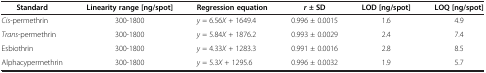
| Standard | Linearity range [ng/spot] | Regression equation | r± SD | LOD [ng/spot] | LOQ [ng/spot] |
 | --- | --- | --- | --- | --- | --- |
 | Cis-permethrin | 300-1800 | y = 6.56X + 1649.4 | 0.996 ± 0.0015 | 1.6 | 4.9 |
 | Trans-permethrin | 300-1800 | y = 5.84X + 1876.2 | 0.993 ± 0.0029 | 2.4 | 7.4 |
 | Esbiothrin | 300-1800 | y = 4.33X + 1283.3 | 0.991 ± 0.0016 | 2.8 | 8.5 |
 | Alphacypermethrin | 300-1800 | y = 5.3X + 1295.6 | 0.996 ± 0.0032 | 1.9 | 5.7 |